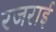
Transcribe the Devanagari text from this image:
रजराई